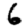
Digit: 6